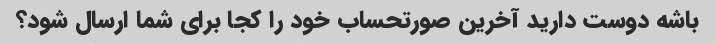
باشه دوست دارید آخرین صورتحساب خود را کجا برای شما ارسال شود؟